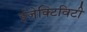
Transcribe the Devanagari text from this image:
इंजेक्टिविटी